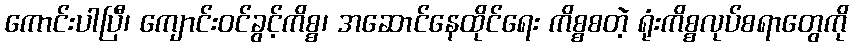
ကောင်းပါပြီ၊ ကျောင်းဝင်ခွင့်ကိစ္စ၊ အဆောင်နေထိုင်ရေး ကိစ္စစတဲ့ ရုံးကိစ္စလုပ်စရာတွေကို